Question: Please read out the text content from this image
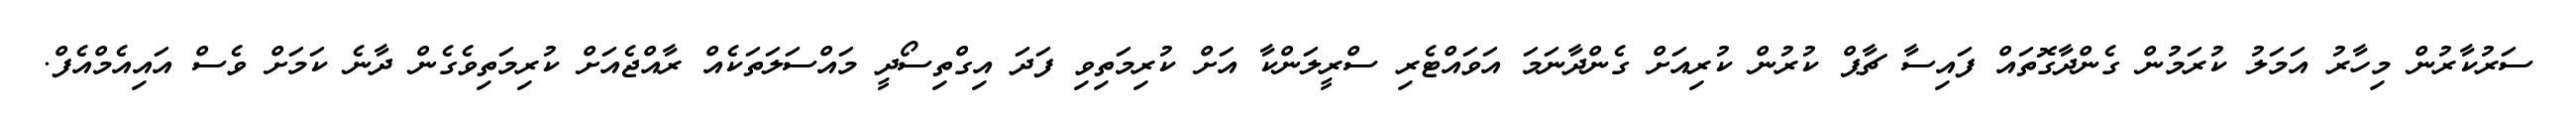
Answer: ސަރުކާރުން މިހާރު އަމަލު ކުރަމުން ގެންދާގޮތައް ފައިސާ ޗާޕް ކުރުން ކުރިއަށް ގެންދާނަމަ އަވައްޓެރި ސްރީލަންކާ އަށް ކުރިމަތިވި ފަދަ އިގްތިސޯދީ މައްސަލަތަކެއް ރާއްޖެއަށް ކުރިމަތިވެގެން ދާނެ ކަމަށް ވެސް އައިއެމްއެފް.